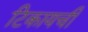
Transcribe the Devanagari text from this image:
टिकायची